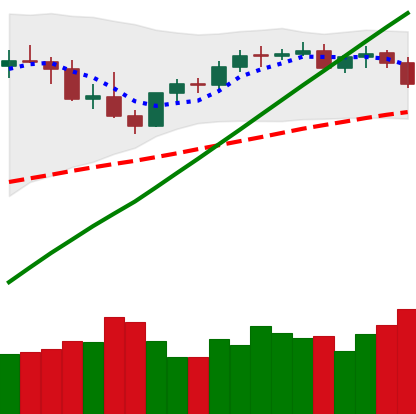
Ticker: BTC-USD
Chart end date: 2021-04-07
Forward return: 6.859%
Label: up_5_7